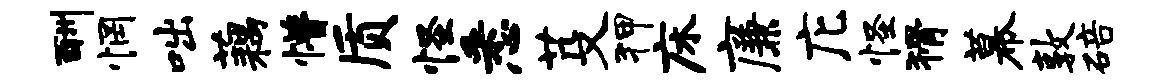
酬惘咄藕懵质怪悉芟狎床廉庀怪猾幕敦碚